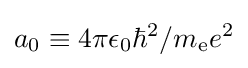
a_{0}\equiv 4\pi \epsilon _{0}\hbar ^{2}/m_{\text{e}}e^{2}